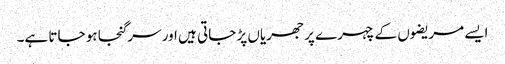
ایسے مریضوں کے چہرے پر جھریاں پڑ جاتی ہیں اور سر گنجا ہو جاتا ہے۔